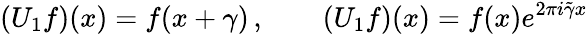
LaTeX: (U_{1}f)(x)=f(x+\gamma)\, ,\qquad(U_{1}f)(x)=f(x)e^{2\pi i\tilde{\gamma}x}